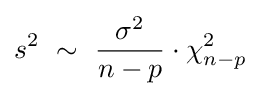
s^{2}\ \sim \ {\frac {\sigma ^{2}}{n-p}}\cdot \chi _{n-p}^{2}